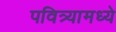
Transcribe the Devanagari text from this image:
पवित्र्यामध्ये